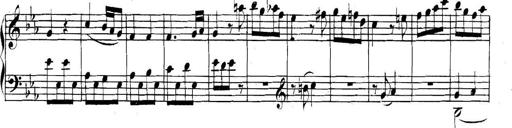
Title: Collected Piano Sonatas
Composer: Muzio Clementi